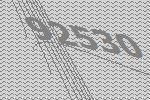
92530